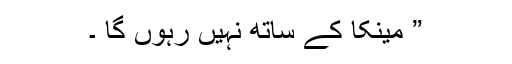
” مینکا کے ساتھ نہیں رہوں گا ۔